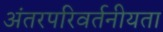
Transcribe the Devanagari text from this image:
अंतरपरिवर्तनीयता